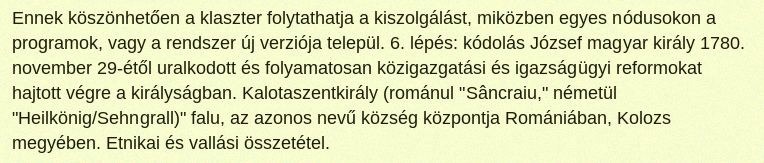
Ennek köszönhetően a klaszter folytathatja a kiszolgálást, miközben egyes nódusokon a programok, vagy a rendszer új verziója települ. 6. lépés: kódolás József magyar király 1780. november 29-étől uralkodott és folyamatosan közigazgatási és igazságügyi reformokat hajtott végre a királyságban. Kalotaszentkirály (románul "Sâncraiu," németül "Heilkönig/Sehngrall)" falu, az azonos nevű község központja Romániában, Kolozs megyében. Etnikai és vallási összetétel.